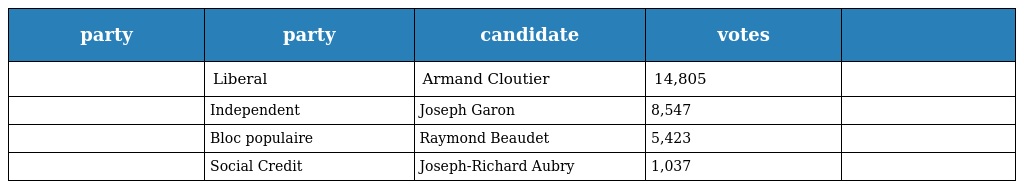
| party | party | candidate | votes |  |
 | --- | --- | --- | --- | --- |
 |  | Liberal | Armand Cloutier | 14,805 |  |
 |  | Independent | Joseph Garon | 8,547 |  |
 |  | Bloc populaire | Raymond Beaudet | 5,423 |  |
 |  | Social Credit | Joseph-Richard Aubry | 1,037 |  |